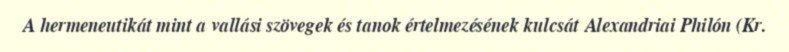
A hermeneutikát mint a vallási szövegek és tanok értelmezésének kulcsát Alexandriai Philón (Kr.